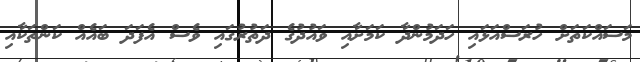
މަސައްކަތަށް ހުރަސްއަޅައި ހަދަމުންދާ ކަމަށާއި ވައުދުގެ ދަތުރުގައި ވެސް އެފަދަ ބައެއް ކަންތަކާއި